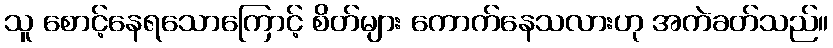
သူ စောင့်နေရသောကြောင့် စိတ်များ ကောက်နေသလားဟု အကဲခတ်သည်။